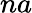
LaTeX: na